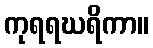
ကုရရဃရိကာ။